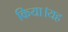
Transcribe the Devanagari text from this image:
किया।यह